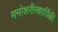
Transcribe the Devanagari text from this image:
मनोशरीरकार्यिकी